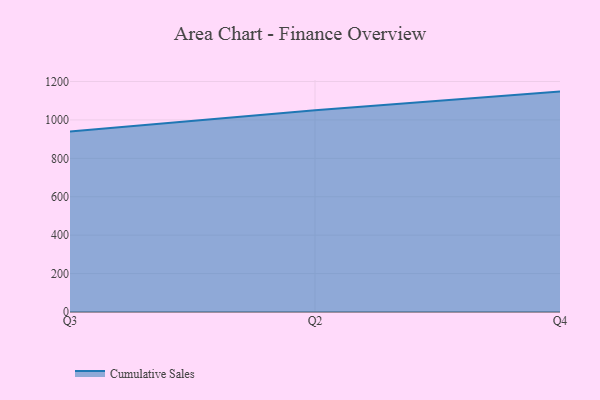
{"axis": {"x": "Quarter", "y": "Latency (ms)"}, "legend": ["Cumulative Sales"], "data": [{"x": "Q3", "y": 939.1, "type": "Cumulative Sales"}, {"x": "Q2", "y": 1049.7, "type": "Cumulative Sales"}, {"x": "Q4", "y": 1147.4, "type": "Cumulative Sales"}]}